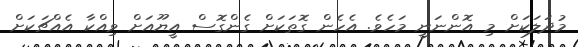
މުދަލަކަށް މި އޮންނަނީ މަހެވެ. އެހެން ގޮތަކަށް ގެންގޮސް އީޔޫއަށް ވިއްކާ އެއްޗަކަށް